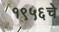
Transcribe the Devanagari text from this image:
१९५६चे